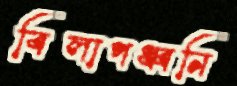
বিলাপধ্বনি